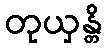
တုယှန္တိ